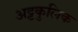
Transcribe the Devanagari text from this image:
अट्टकुलिक